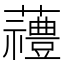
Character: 𱿆